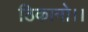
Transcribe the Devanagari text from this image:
ठिकानो।।